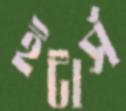
ইটার্স